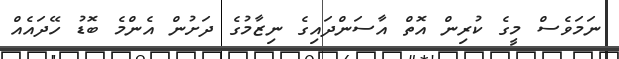
ނަމަވެސް މީގެ ކުރިން އޮތް އާސަންދައިގެ ނިޒާމުގެ ދަށުން އެންމެ ބޮޑު ހޭދައެއް